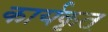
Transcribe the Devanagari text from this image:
कार्यकृत्